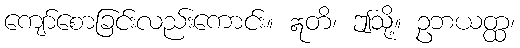
ကျော်စောခြင်းလည်းကောင်း။ ဣတိ၊ ဤသို့။ ဥဘယတ္ထ၊